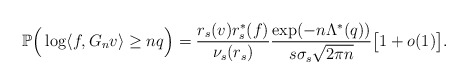
\begin{align*}\mathbb{P} \Big( \log \langle f, G_n v \rangle \geq n q \Big)= \frac{r_s(v) r_s^*(f)}{\nu_s(r_s)} \frac{ \exp(- n\Lambda^{*}(q)) }{ s\sigma_{s}\sqrt{2\pi n} } \big[ 1 + o(1) \big].\end{align*}